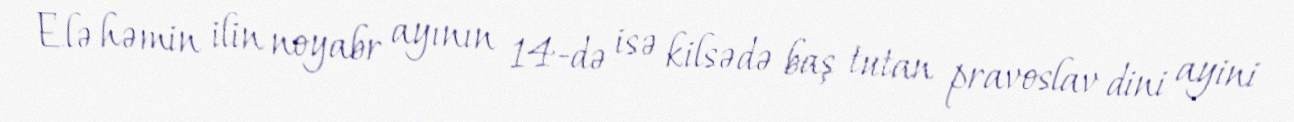
Elə həmin ilin noyabr ayının 14-də isə kilsədə baş tutan pravoslav dini ayini